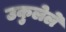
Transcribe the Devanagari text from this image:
उकुलेले